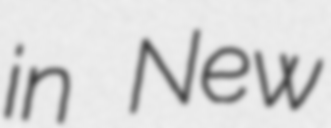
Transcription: in New